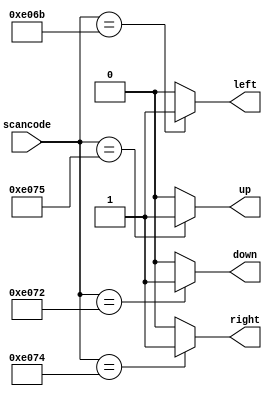
module top_module (
    input [15:0] scancode,
    output reg left,
    output reg down,
    output reg right,
    output reg up  ); 

    always @(*) begin
        up = 1'b0; down = 1'b0; left = 1'b0; right = 1'b0;
        case (scancode)
            16'he06b: left = 1'b1;
            16'he072: down = 1'b1;
            16'he074: right = 1'b1;
            16'he075: up = 1'b1;
        endcase
    end

endmodule